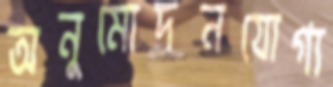
অনুমোদনযোগ্য